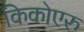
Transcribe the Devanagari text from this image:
किकोएरु